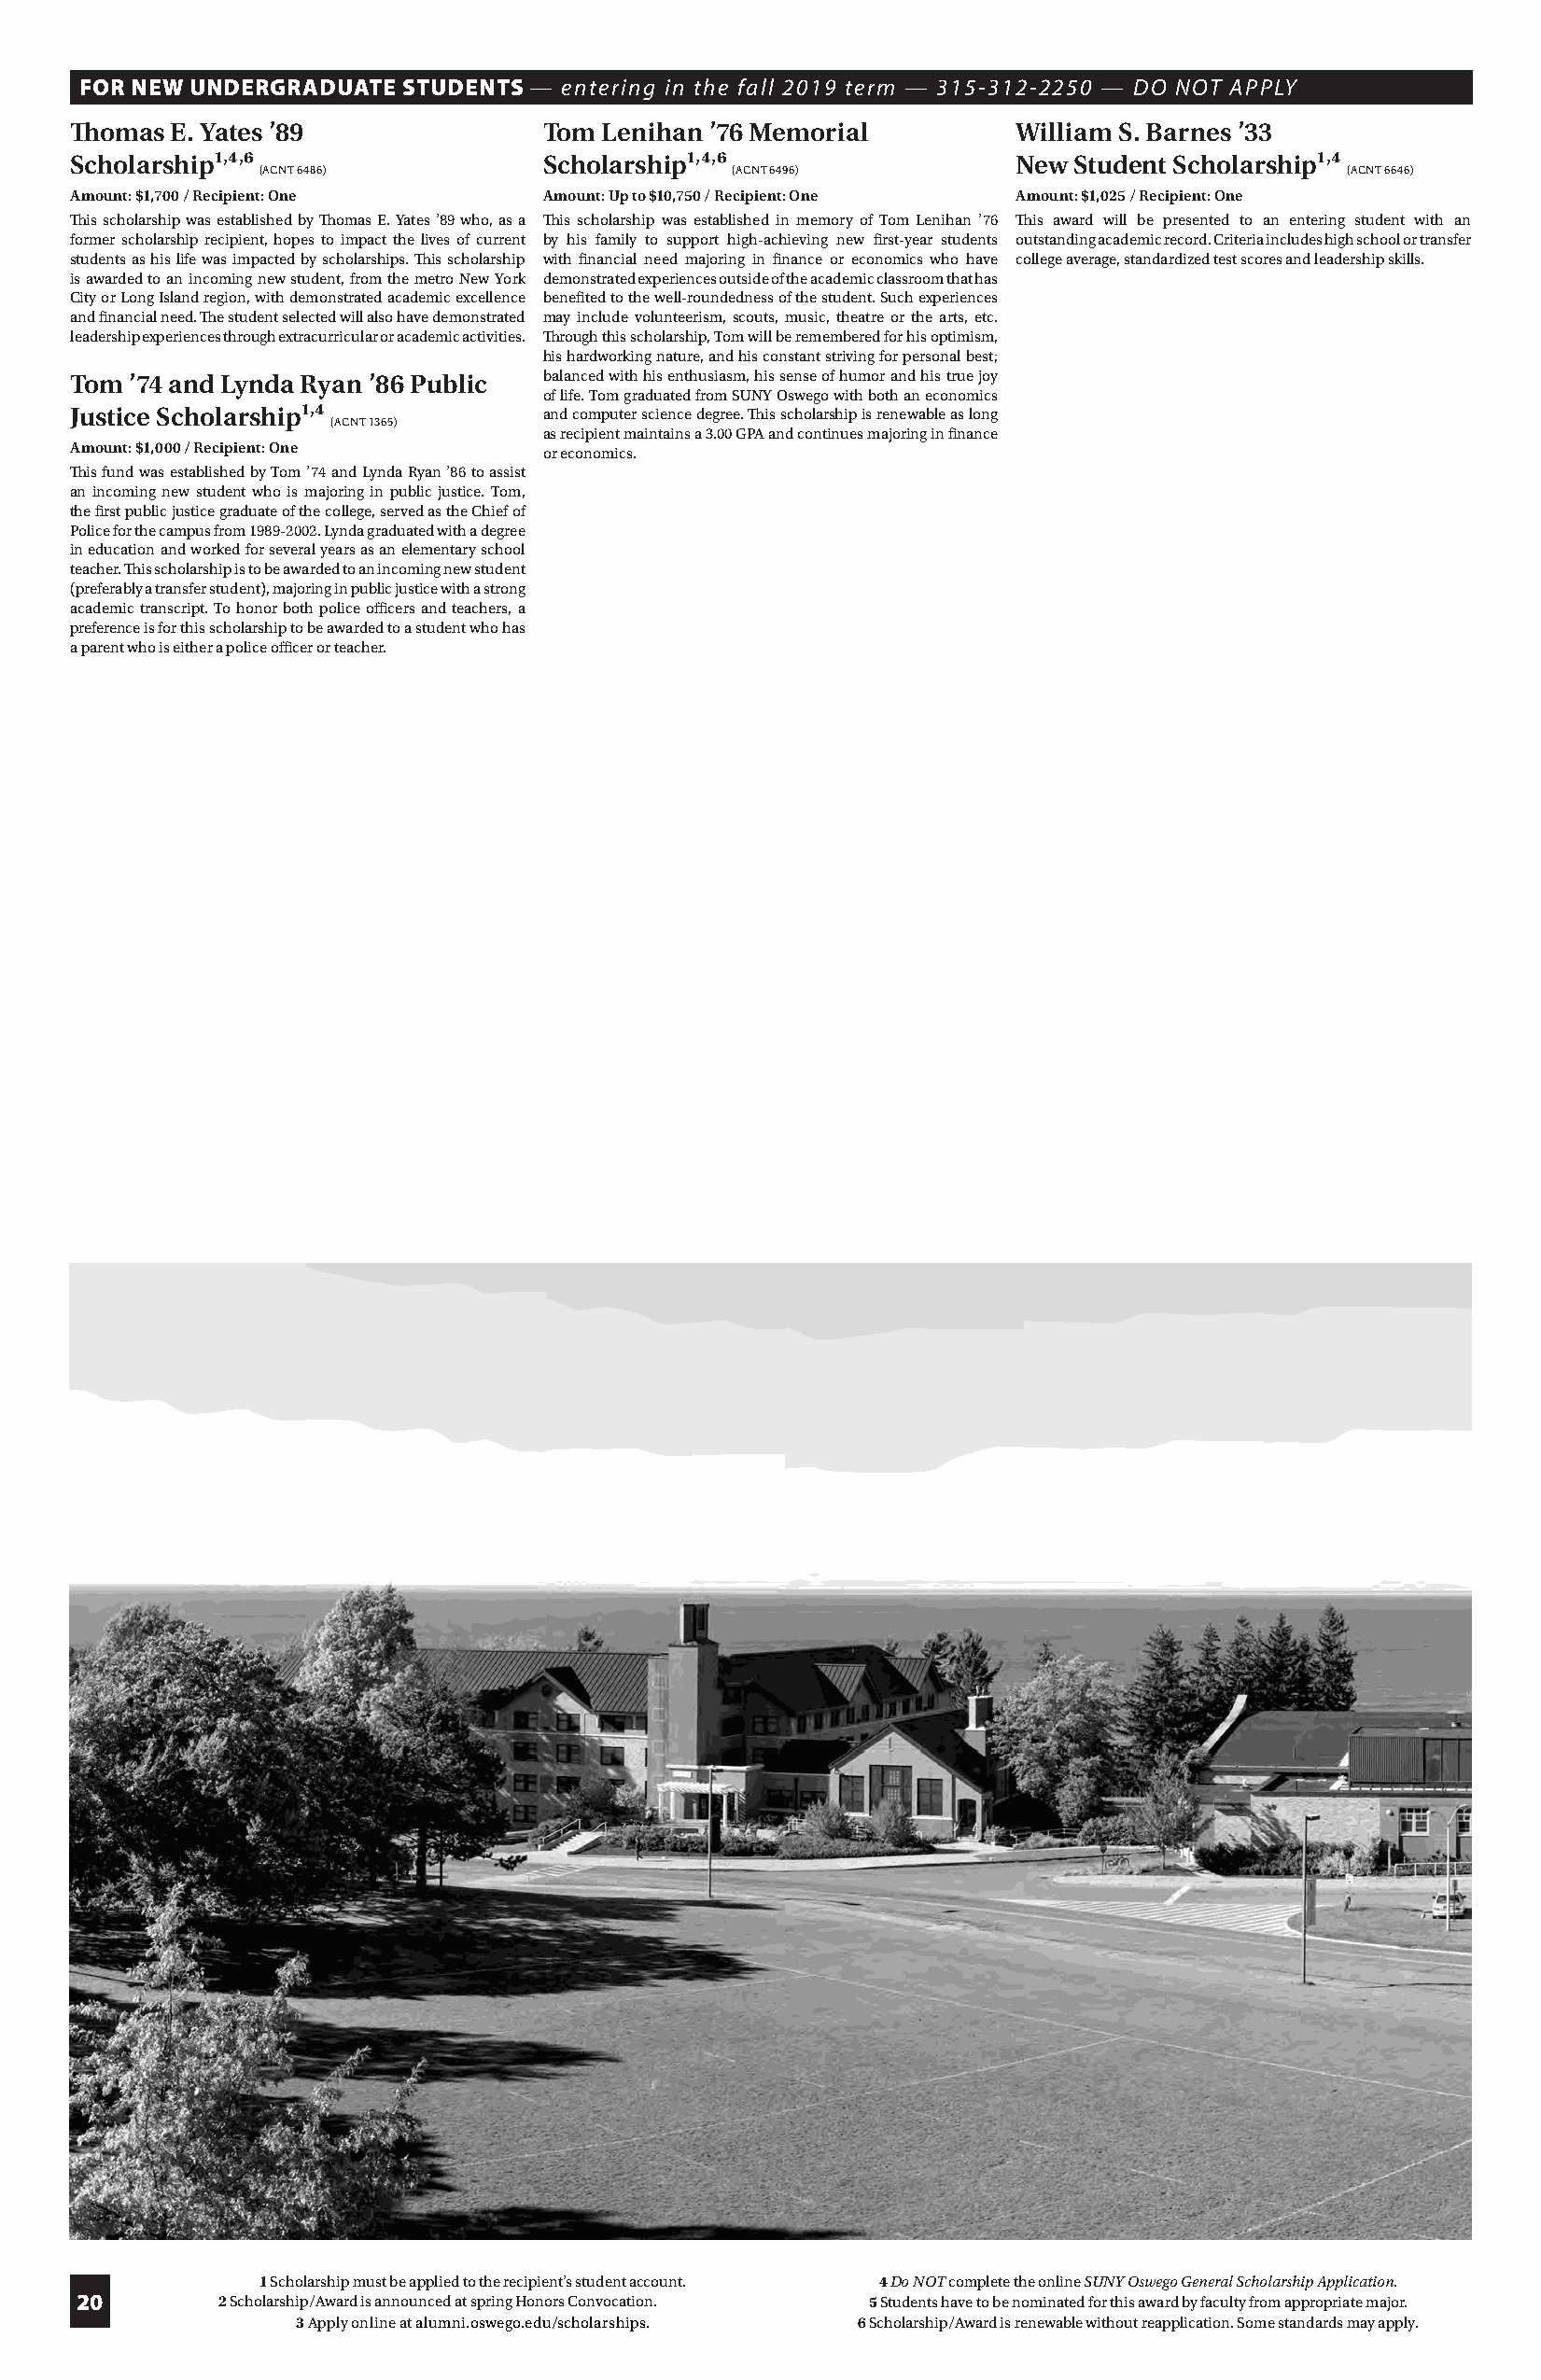
FOR NEW UNDERGRADUATE  STUDENTS — entering in the fall 2019 term — 315-312-2250 — DO NOT APPLY
 Thomas E. Yates ’89              Tom  Lenihan ’76 Memorial         William S. Barnes ’33
 Scholarship¹,⁴,6                 Scholarship¹,⁴,6                  New Student Scholarship¹,⁴
 (ACNT 6486)                       (ACNT 6496)                                (ACNT 6646)
 Amount: $1,700 / Recipient: One  Amount: Up to $10,750 / Recipient: One Amount: $1,025 / Recipient: One
 This scholarship was established by Thomas E. Yates ’89 who, as a This scholarship was established in memory of Tom Lenihan ’76 This award will be presented to an entering student with an
 former scholarship recipient, hopes to impact the lives of current by his family to support high-achieving new first-year students outstanding academic record. Criteria includes high school or transfer
 students as his life was impacted by scholarships. This scholarship with financial need majoring in finance or economics who have college average, standardized test scores and leadership skills.
 is awarded to an incoming new student, from the metro New York demonstrated experiences outside of the academic classroom that has
 City or Long Island region, with demonstrated academic excellence benefited to the well-roundedness of the student. Such experiences
 and financial need. The student selected will also have demonstrated may include volunteerism, scouts, music, theatre or the arts, etc.
 leadership experiences through extracurricular or academic activities. Through this scholarship, Tom will be remembered for his optimism,
 his hardworking nature, and his constant striving for personal best;
 Tom ’74 and Lynda Ryan ’86 Public balanced with his enthusiasm, his sense of humor and his true joy
 of life. Tom graduated from SUNY Oswego with both an economics
 Justice Scholarship¹,⁴           and computer science degree. This scholarship is renewable as long
 (ACNT 1365)
 as recipient maintains a 3.00 GPA and continues majoring in finance
 Amount: $1,000 / Recipient: One  or economics.
 This fund was established by Tom ’74 and Lynda Ryan ’86 to assist
 an incoming new student who is majoring in public justice. Tom,
 the first public justice graduate of the college, served as the Chief of
 Police for the campus from 1989-2002. Lynda graduated with a degree
 in education and worked for several years as an elementary school
 teacher. This scholarship is to be awarded to an incoming new student
 (preferably a transfer student), majoring in public justice with a strong
 academic transcript. To honor both police officers and teachers, a
 preference is for this scholarship to be awarded to a student who has
 a parent who is either a police officer or teacher.
 1 Scholarship must be applied to the recipient’s student account. 4 Do NOT complete the online SUNY Oswego General Scholarship Application.
 20        2 Scholarship/Award is announced at spring Honors Convocation. 5 Students have to be nominated for this award by faculty from appropriate major.
 3 Apply online at alumni.oswego.edu/scholarships. 6 Scholarship/Award is renewable without reapplication. Some standards may apply.